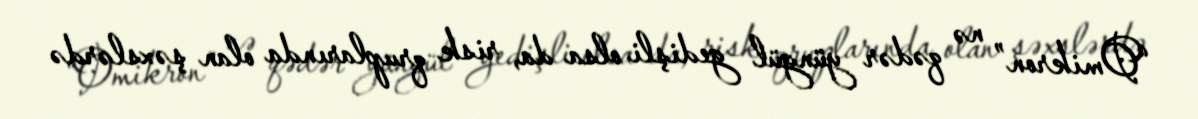
“Omikron” nə qədər yüngül gedişli olsa da, risk qruplarında olan şəxslərdə